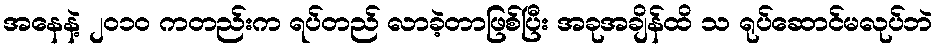
အနေနဲ့ ၂ဝ၁ဝ ကတည်းက ရပ်တည် လာခဲ့တာဖြစ်ပြီး အခုအချိန်ထိ သ ရုပ်ဆောင်မလုပ်ဘဲ